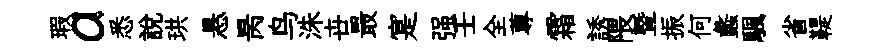
瑕a悉説珙悬昺鸟洙卋最寔强壬全蓴霜誘隈曁振何蠡颿省鞮